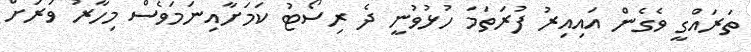
ތަރައްގީ ވެގެން އައިއިރު ފުރަތަމަ ހުޅުވުނީ ދެ ރިސޯޓު ކަމަށާއިނަމަވެސް މިހާރު ވަރަށް